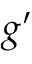
g ^ { \prime }